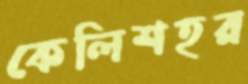
কেলিশহর